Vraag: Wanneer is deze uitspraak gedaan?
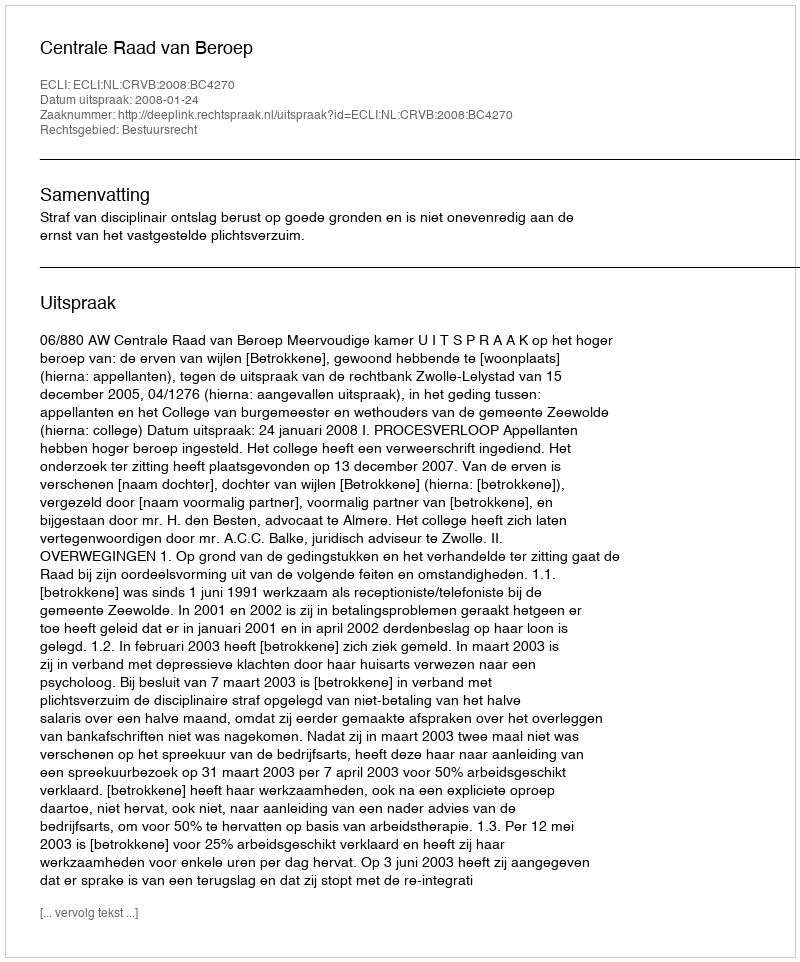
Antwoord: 2008-01-24